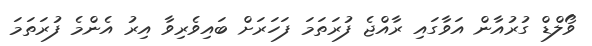
ވޯލްޑް ގުރުއާން އަވާގައި ރާއްޖެ ފުރަތަމަ ފަހަރަށް ބައިވެރިވާ އިރު އެންމެ ފުރަތަމަ